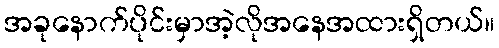
အခုနောက်ပိုင်းမှာအဲ့လိုအနေအထားရှိတယ်။